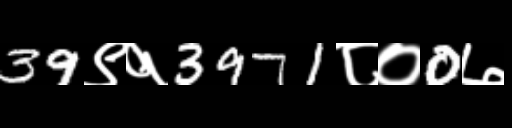
Text: 39९१3971८०0७